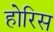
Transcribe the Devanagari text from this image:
होरिस